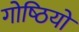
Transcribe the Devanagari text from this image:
गोष्‍ठियों